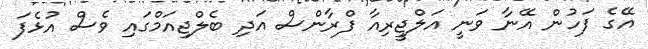
އޭގެ ފަހުން އޭނާ ވަނީ އަލްޖީރިއާ ފްރާންސް އަދި ބެލްޖިއަމްގައި ވެސް އުޅެފަ